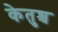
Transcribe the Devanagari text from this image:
केतुश्च